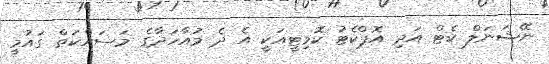
ނޭޝަނަލް ކެޓް އަދި އޮޕްކެޓު ކޮމިޓީއަކީ އެ ދެ މުއާހަދާގެ މަސައްކަތް ގައުމީ